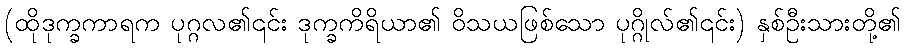
(ထိုဒုက္ခကာရက ပုဂ္ဂလ၏၎င်း ဒုက္ခကိရိယာ၏ ဝိသယဖြစ်သော ပုဂ္ဂိုလ်၏၎င်း) နှစ်ဦးသားတို့၏